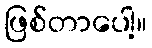
ဖြစ်တာပေါ့။